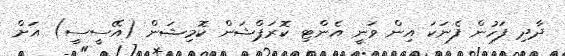
ދާދި ފަހުން ފެނަކަ އިން ވަނީ އެންޓި ކޮރަޕްޝަން ކޮމިޝަން (އޭސީސީ) އަށް